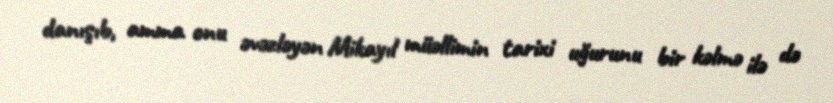
danışıb, amma onu əvəzləyən Mikayıl müəllimin tarixi uğurunu bir kəlmə ilə də